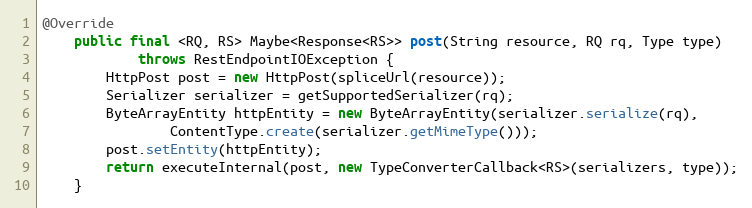
Language: Java
@Override
    public final <RQ, RS> Maybe<Response<RS>> post(String resource, RQ rq, Type type)
            throws RestEndpointIOException {
        HttpPost post = new HttpPost(spliceUrl(resource));
        Serializer serializer = getSupportedSerializer(rq);
        ByteArrayEntity httpEntity = new ByteArrayEntity(serializer.serialize(rq),
                ContentType.create(serializer.getMimeType()));
        post.setEntity(httpEntity);
        return executeInternal(post, new TypeConverterCallback<RS>(serializers, type));
    }